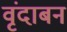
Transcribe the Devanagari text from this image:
वृंदाबन